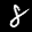
Label: 8